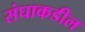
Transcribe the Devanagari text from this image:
संघाकडील